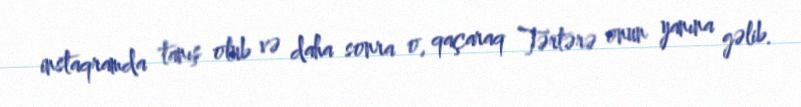
instaqramda tanış olub və daha sonra o, qaçaraq Tərtərə onun yanına gəlib.